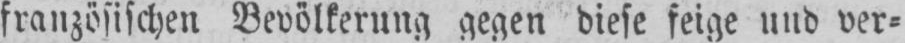
französischen Bevölkerung gegen diese feige und ver⸗